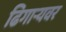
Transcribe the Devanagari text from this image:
ढिगार्‍यवर